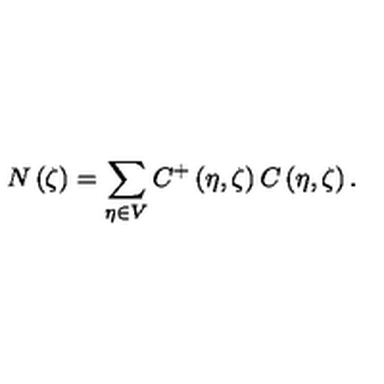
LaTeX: N \left( \zeta \right) = \sum _ { \eta \in V } C ^ { + } \left( \eta , \zeta \right) C \left( \eta , \zeta \right) .